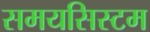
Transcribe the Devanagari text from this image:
समयसिस्टम